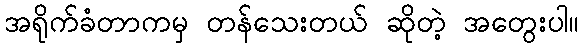
အရိုက်ခံတာကမှ တန်သေးတယ် ဆိုတဲ့ အတွေးပါ။